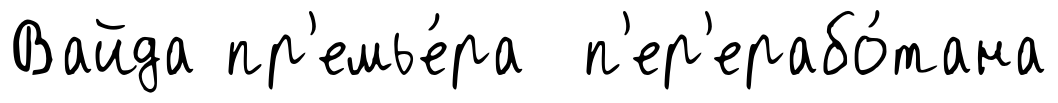
Вайда пр'емье́ра п'ер'ерабо́тана